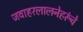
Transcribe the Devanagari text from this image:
जवाहरलालनेहरूंचे